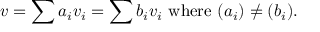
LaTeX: v = \sum a _ { i } v _ { i } = \sum b _ { i } v _ { i } { \mathrm { ~ w h e r e ~ } } ( a _ { i } ) \neq ( b _ { i } ) .